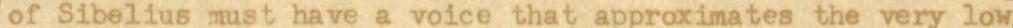
of Sibelius must have a voice that approximates the very low